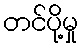
တင်ပို့မှု